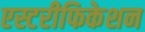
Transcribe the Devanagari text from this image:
एस्टरीफिकेशन